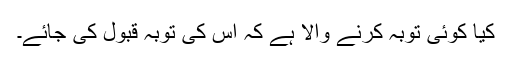
کیا کوئی توبہ کرنے والا ہے کہ اس کی توبہ قبول کی جائے۔